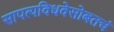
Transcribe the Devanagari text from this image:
सापत्यविधवेसोबतचं